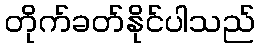
တိုက်ခတ်နိုင်ပါသည်